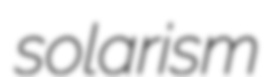
solarism